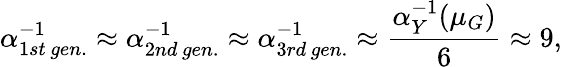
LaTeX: \alpha_{1st\, gen.}^{-1}\approx\alpha_{2nd\, gen.}^{-1}\approx\alpha_{3rd\, gen.}^{-1}\approx\frac{\alpha_{Y}^{-1}(\mu_{G})}{6}\approx 9,